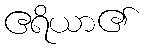
ဧရိယာ၏